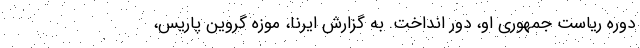
دوره ریاست جمهوری او، دور انداخت. به گزارش ایرنا، موزه گروین پاریس،